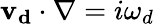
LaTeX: \mathbf{v_{d}}\cdot\nabla=i\omega_{d}